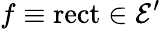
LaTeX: f\equiv\operatorname{rect}\in{\mathcal{E}}^{\prime}